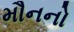
મૌનનો